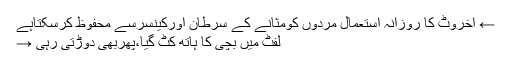
← اخروٹ کا روزانہ استعمال مردوں کومثانے کے سرطان اورکینسرسے محفوظ کرسکتاہے
لفٹ میں بچی کا ہاتھ کٹ گیا،پھربھی دوڑتی رہی →